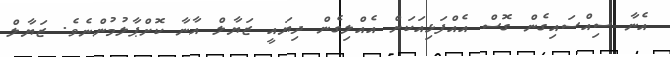
އެނާ ސިއްސައިގެން ގޮސް އެއްފަޅިއަކަށް އެއްލިގެން ދިޔައީ ޒަޔާލް އާނާ ކޮށްޕާލުމުންނެވެ. ޒަޔާލް